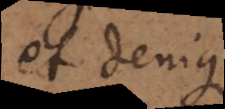
et denique